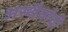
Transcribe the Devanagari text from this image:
अस्थैर्याची